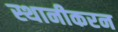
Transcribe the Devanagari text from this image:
स्थानीकरन